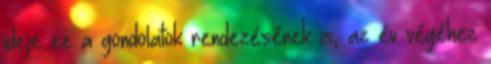
ideje ez a gondolatok rendezésének is, az év végéhez